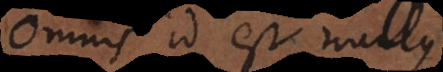
Omnis id est nullus